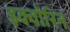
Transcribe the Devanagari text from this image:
इक्वोरिन